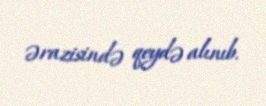
ərazisində qeydə alınıb.